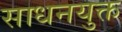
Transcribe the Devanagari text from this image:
साधनयुक्त